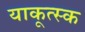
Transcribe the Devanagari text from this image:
याकूत्स्क